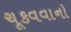
ચૂકવવાનો